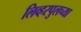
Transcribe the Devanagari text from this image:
लिव्हरपुलच्या